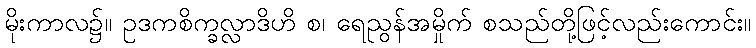
မိုးကာလ၌။ ဥဒကစိက္ခလ္လာဒိဟိ စ၊ ရေညွန်အမှိုက် စသည်တို့ဖြင့်လည်းကောင်း။